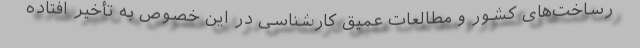
رساخت‌های کشور و مطالعات عمیق کارشناسی در این خصوص به تأخیر افتاده